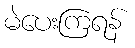
မဲပေးကြရန်